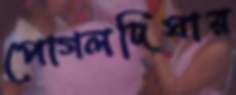
পোগলদিঘার